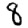
Digit: 8